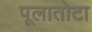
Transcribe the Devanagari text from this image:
पूलातोटा